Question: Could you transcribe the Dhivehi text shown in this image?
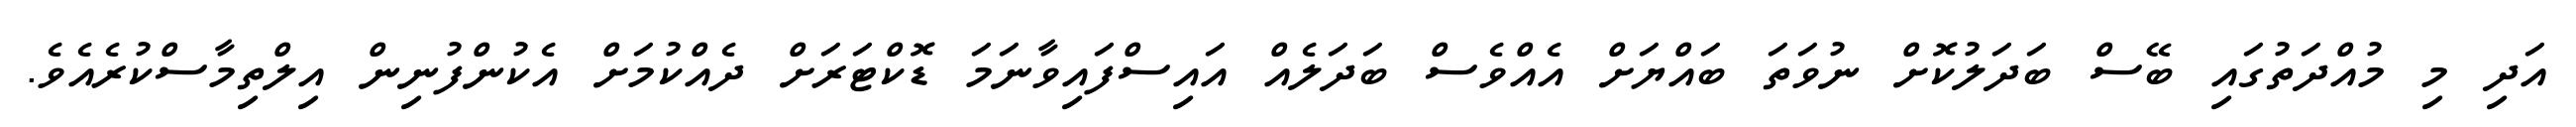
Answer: އަދި މި މުއްދަތުގައި ބޭސް ބަދަލުކޮށް ނުވަތަ ބައްޔަށް އެއްވެސް ބަދަލެއް އައިސްފައިވާނަމަ ޑޮކްޓަރަށް ދެއްކުމަށް އެކުންފުނިން އިލްތިމާސްކުރެއެވެ.